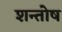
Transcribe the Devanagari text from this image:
शन्तोष